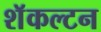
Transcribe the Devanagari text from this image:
शॅकल्टन